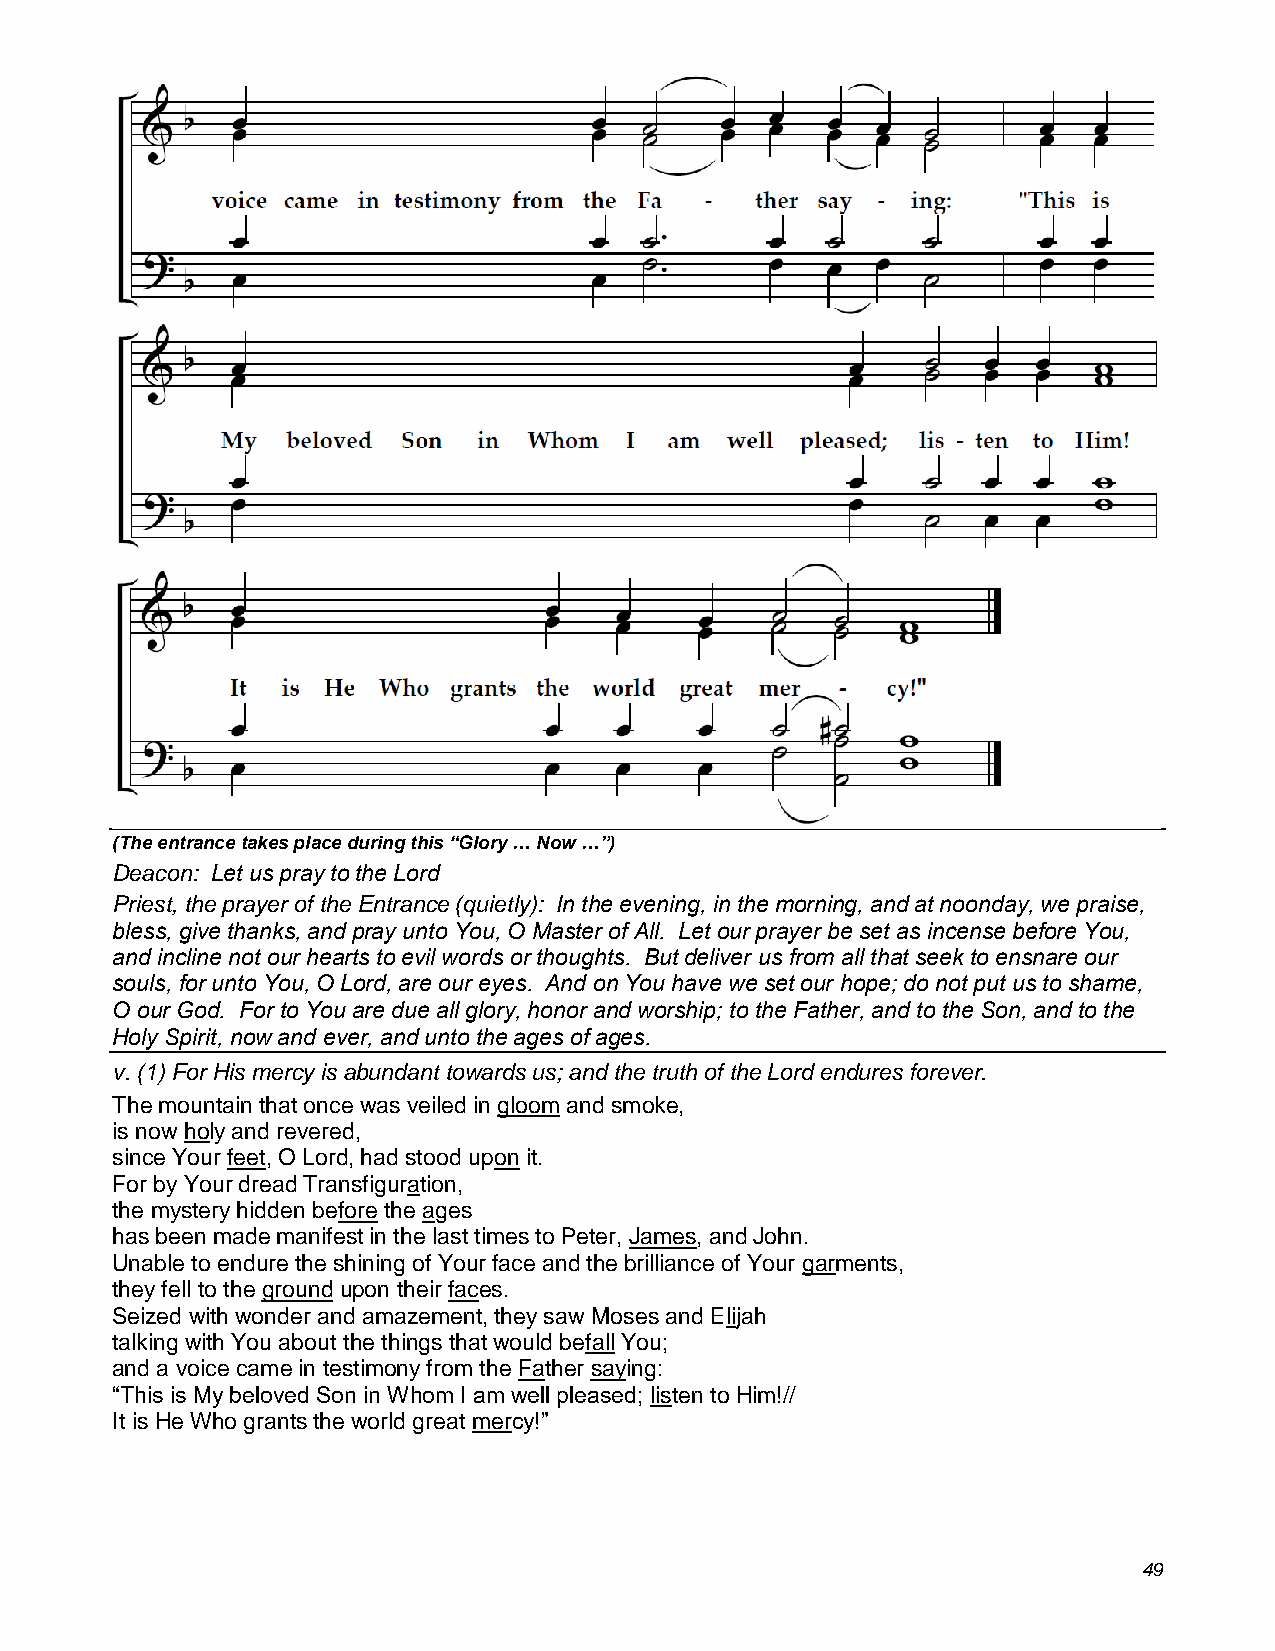
(The entrance takes place during this “Glory … Now …”)
 Deacon: Let us pray to the Lord
 Priest, the prayer of the Entrance (quietly): In the evening, in the morning, and at noonday, we praise,
 bless, give thanks, and pray unto You, O Master of All. Let our prayer be set as incense before You,
 and incline not our hearts to evil words or thoughts. But deliver us from all that seek to ensnare our
 souls, for unto You, O Lord, are our eyes. And on You have we set our hope; do not put us to shame,
 O our God. For to You are due all glory, honor and worship; to the Father, and to the Son, and to the
 Holy Spirit, now and ever, and unto the ages of ages.
 v. (1) For His mercy is abundant towards us; and the truth of the Lord endures forever.
 The mountain that once was veiled in gloom and smoke,
 is now holy and revered,
 since Your feet, O Lord, had stood upon it.
 For by Your dread Transfiguration,
 the mystery hidden before the ages
 has been made manifest in the last times to Peter, James, and John.
 Unable to endure the shining of Your face and the brilliance of Your garments,
 they fell to the ground upon their faces.
 Seized with wonder and amazement, they saw Moses and Elijah
 talking with You about the things that would befall You;
 and a voice came in testimony from the Father saying:
 “This is My beloved Son in Whom I am well pleased; listen to Him!//
 It is He Who grants the world great mercy!”
 49